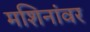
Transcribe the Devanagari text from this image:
मशिनांवर